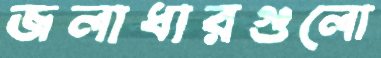
জলাধারগুলো